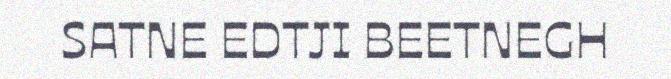
SATNE EDTJI BEETNEGH